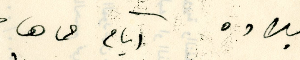
بلاده آيام حماها